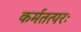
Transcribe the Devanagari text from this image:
कर्मतत्परः